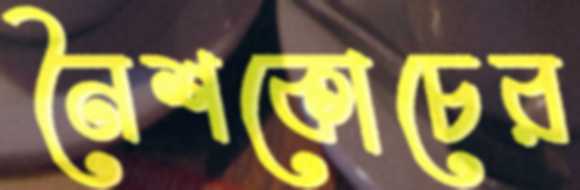
নৈশকোচের